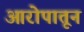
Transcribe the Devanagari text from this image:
आरोपातून